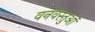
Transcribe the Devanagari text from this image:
वनवस्तुओं